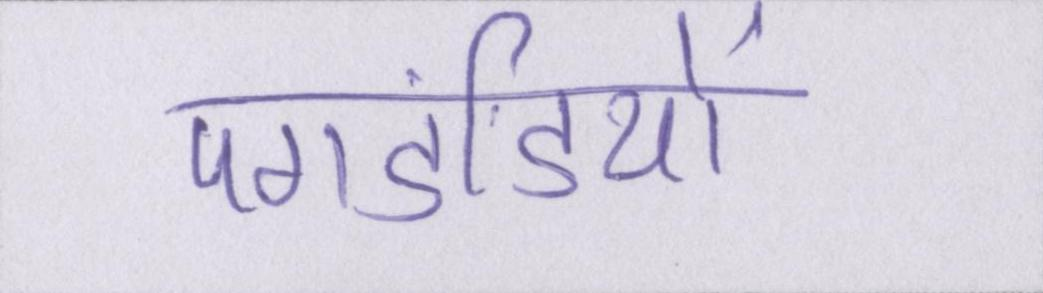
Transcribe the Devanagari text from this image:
पगडंडियों